Source: Handwritten
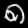
Digit: ၈ (8)